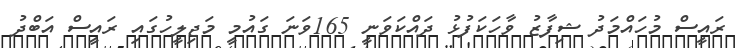
ރައީސް މުހައްމަދު ޝިފާޒު ވާހަކަފުޅު ދައްކަވަނީ 165ވަނަ ގައުމީ މަޖިލީހުގައި ރައީސް އަބްދު